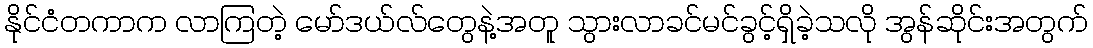
နိုင်ငံတကာက လာကြတဲ့ မော်ဒယ်လ်တွေနဲ့အတူ သွားလာခင်မင်ခွင့်ရှိခဲ့သလို အွန်ဆိုင်းအတွက်